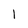
Character: r